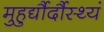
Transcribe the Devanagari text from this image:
मुहुर्द्यौर्दौस्थ्यं